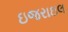
ઇજરાઇલ